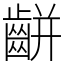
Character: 𪘀